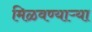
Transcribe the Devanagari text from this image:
मिळवण्याऱ्या